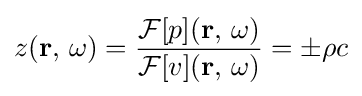
z(\mathbf {r} ,\,\omega )={\frac {{\mathcal {F}}[p](\mathbf {r} ,\,\omega )}{{\mathcal {F}}[v](\mathbf {r} ,\,\omega )}}=\pm \rho c